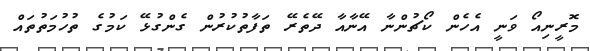
މޮރީނިއޯ ވަނީ އެހެން ކޯޗުންނާ އޭނާއާ ދޭތެރޭ ތަފާތުކުރުން ގެންގުޅޭ ކަމުގެ ތުހުމަތުތައް